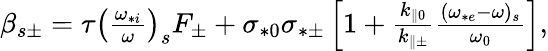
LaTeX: \begin{array}{r}{\beta_{s\pm}=\tau\left(\frac{\omega_{*i}}{\omega}\right)_{s}F_{\pm}+\sigma_{*0}\sigma_{*\pm}\left[1+\frac{k_{\parallel 0}}{k_{\parallel\pm}}\frac{(\omega_{*e}-\omega)_{s}}{\omega_{0}}\right],}\end{array}